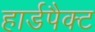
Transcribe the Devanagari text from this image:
हार्डपैक्ट